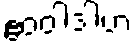
ဧဝံဝါဒါဟံ